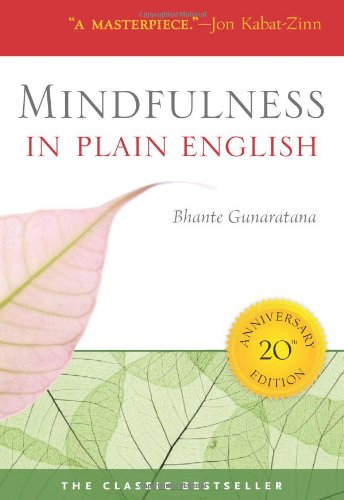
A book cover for Mindfulness in Plain English; Bhante Henepola Gunaratana; Self-Help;